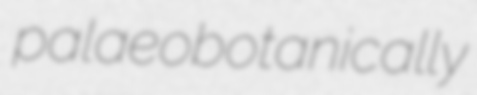
palaeobotanically